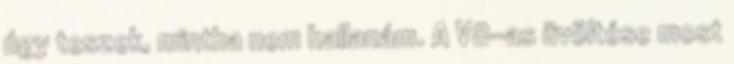
úgy teszek, mintha nem hallanám. A V8-as üvöltése most